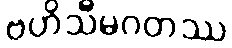
ဗဟိသီမဂတဿ